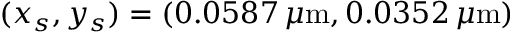
( x _ { s } , y _ { s } ) = ( 0 . 0 5 8 7 \, \mu \mathrm { m } , 0 . 0 3 5 2 \, \mu \mathrm { m } )